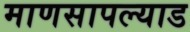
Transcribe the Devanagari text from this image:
माणसापल्याड